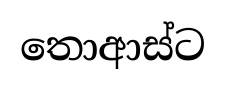
තොආස්ට